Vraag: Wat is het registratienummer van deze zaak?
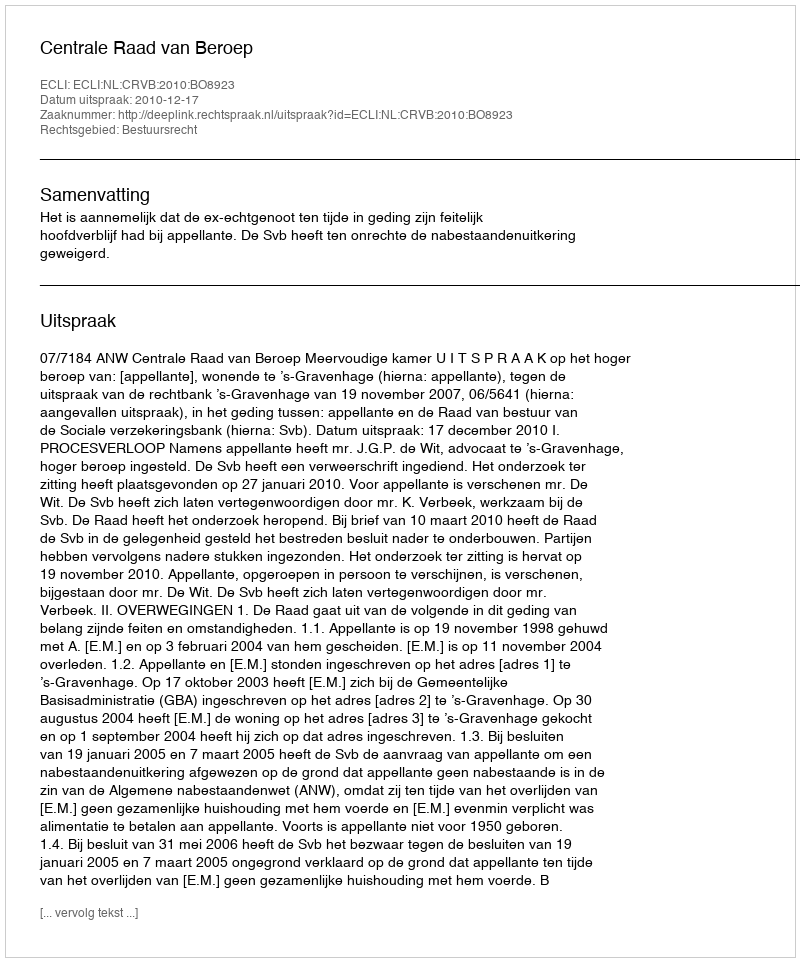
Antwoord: http://deeplink.rechtspraak.nl/uitspraak?id=ECLI:NL:CRVB:2010:BO8923